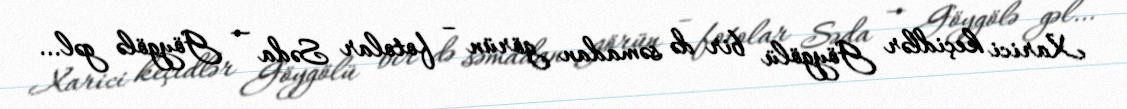
Xarici keçidlər Göygölü bir də səmadan görün – fotolar Səda — Göygölə gəl…